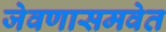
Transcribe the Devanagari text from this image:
जेवणासमवेत